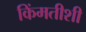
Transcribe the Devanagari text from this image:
किंमतीशी